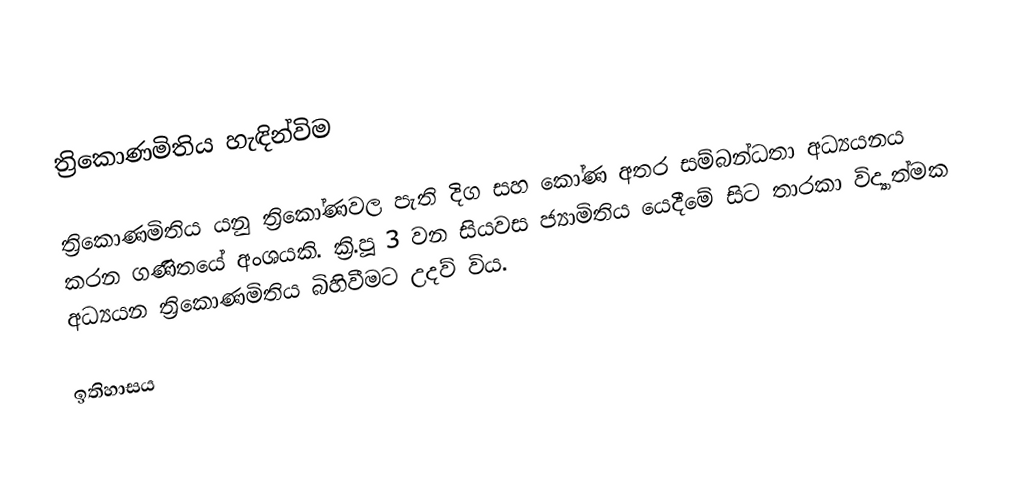
ත්‍රිකොණමිතිය හැඳින්විම

ත්‍රිකොණමිතිය යනු ත්‍රිකෝණවල පැති දිග සහ කෝණ අතර සම්බන්ධතා අධ්‍යයනය කරන ගණිතයේ අංශයකි. ක්‍රි.පූ 3 වන සියවස ජ්‍යාමිතිය යෙදීමේ සිට තාරකා විද්‍යාත්මක අධ්‍යයන ත්‍රිකොණමිතිය බිහිවීමට උදව් විය.

ඉතිහාසය